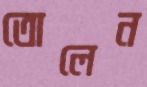
তোলেন